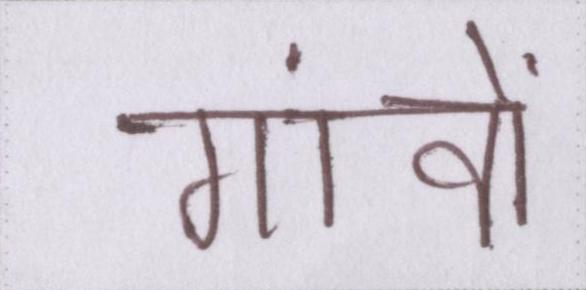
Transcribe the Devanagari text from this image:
गांवों